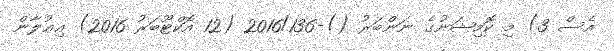
އެސް 3) މި ކޮމިޝަނުގެ ނަންބަރު ()-2016/136 (12 އޮކްޓޫބަރު 2016) އިޢުލާން